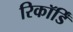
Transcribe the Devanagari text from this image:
रिकॉर्डिं